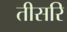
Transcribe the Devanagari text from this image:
तीसरि